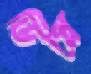
ডিপ্লে